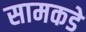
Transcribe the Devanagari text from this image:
सामकडे